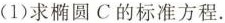
(1)求椭圆C的标准方程.